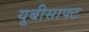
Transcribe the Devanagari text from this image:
यूबीसाफ्ट